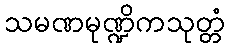
သမဏမုဏ္ဍိကသုတ္တံ